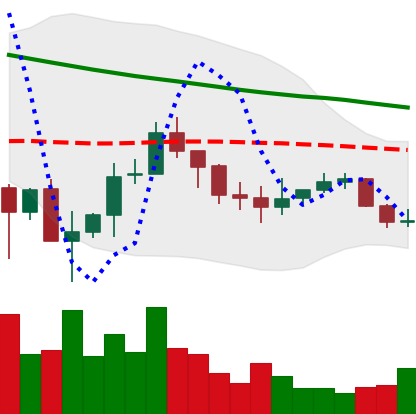
Ticker: ADA-USD
Chart end date: 2019-12-11
Forward return: -6.509%
Label: down_5_7